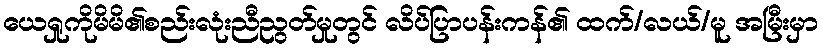
ယေရှုကိုမိမိ၏စည်းလုံးညီညွတ်မှုတွင် လိပ်ပြာပန်းကန်၏ ထက်/လယ်/မူ အမြီးမှာ